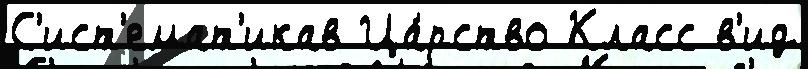
С'ист'емат'икав Ца́рство Класс в'ид